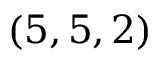
( 5 , 5 , 2 )